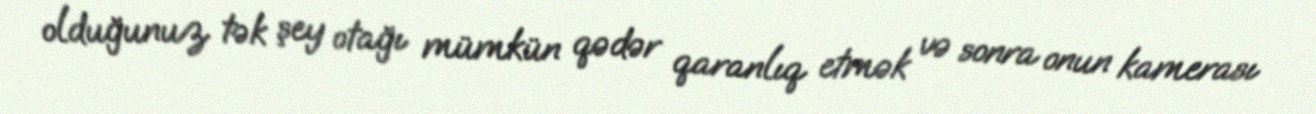
olduğunuz tək şey otağı mümkün qədər qaranlıq etmək və sonra onun kamerası